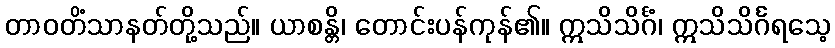
တာဝတိံသာနတ်တို့သည်။ ယာစန္တိ၊ တောင်းပန်ကုန်၏။ ဣသိသိင်္ဂံ၊ ဣသိသိင်္ဂရသေ့